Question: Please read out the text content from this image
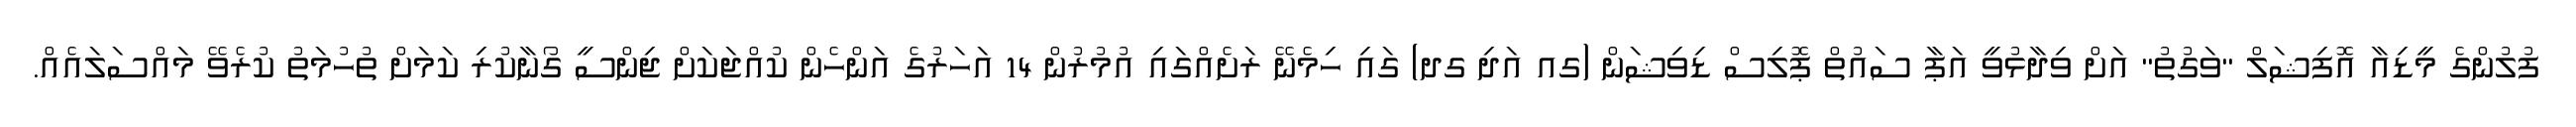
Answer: ފުލުންގެ މީޑިއާ އޮފިޝަލް "ވަގުތު" އަށް ވިދާޅުވީ އަޕާ ސައުތް ޕޮލިސް ޑިވިޝަން (ގއ އަދި ގދ) ގައި ހިމެނޭ ރަށެއްގައި އުމުރުން 14 އަހަރުގެ އަންހެން ކުއްޖަކަށް ޖިންސީ ގޯނާކުރި ކަމަށް ތުހުމަތު ކުރެވޭ މައްސަލައެއް.